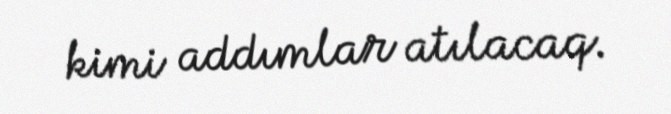
kimi addımlar atılacaq.